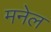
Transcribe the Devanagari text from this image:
मनेल